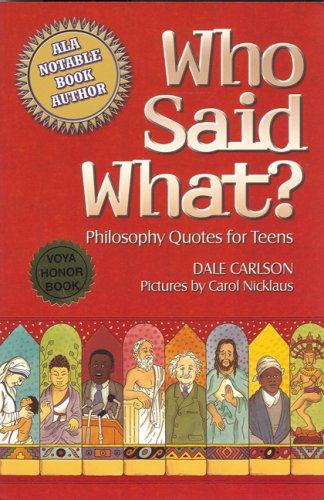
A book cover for Who Said What?: Philosophy Quotes for Teens; Dale Carlson; Teen & Young Adult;